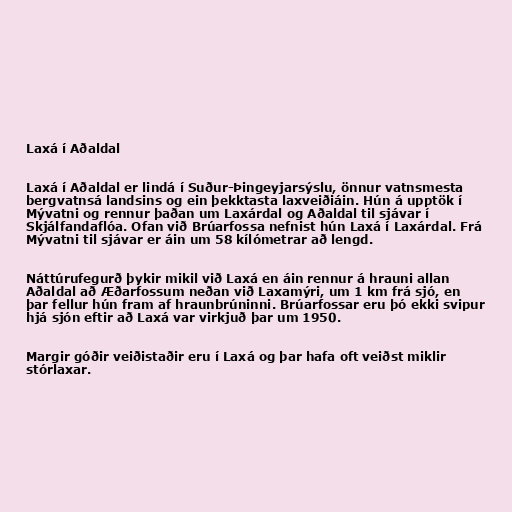
Laxá í Aðaldal

Laxá í Aðaldal er lindá í Suður-Þingeyjarsýslu, önnur vatnsmesta
bergvatnsá landsins og ein þekktasta laxveiðiáin. Hún á upptök í
Mývatni og rennur þaðan um Laxárdal og Aðaldal til sjávar í
Skjálfandaflóa. Ofan við Brúarfossa nefnist hún Laxá í Laxárdal. Frá
Mývatni til sjávar er áin um 58 kílómetrar að lengd.

Náttúrufegurð þykir mikil við Laxá en áin rennur á hrauni allan
Aðaldal að Æðarfossum neðan við Laxamýri, um 1 km frá sjó, en
þar fellur hún fram af hraunbrúninni. Brúarfossar eru þó ekki svipur
hjá sjón eftir að Laxá var virkjuð þar um 1950.

Margir góðir veiðistaðir eru í Laxá og þar hafa oft veiðst miklir
stórlaxar.